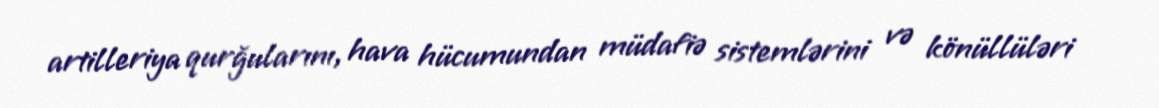
artilleriya qurğularını, hava hücumundan müdafiə sistemlərini və könüllüləri